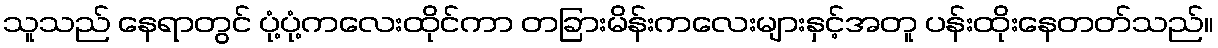
သူသည် နေရာတွင် ပုံ့ပုံ့ကလေးထိုင်ကာ တခြားမိန်းကလေးများနှင့်အတူ ပန်းထိုးနေတတ်သည်။